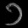
Digit: ၁